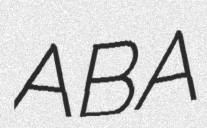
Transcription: ABA